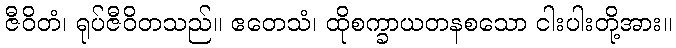
ဇီဝိတံ၊ ရုပ်ဇီဝိတသည်။ ဧတေသံ၊ ထိုစက္ခာယတနစသော ငါးပါးတို့အား။